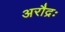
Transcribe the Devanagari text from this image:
अरौद्रः